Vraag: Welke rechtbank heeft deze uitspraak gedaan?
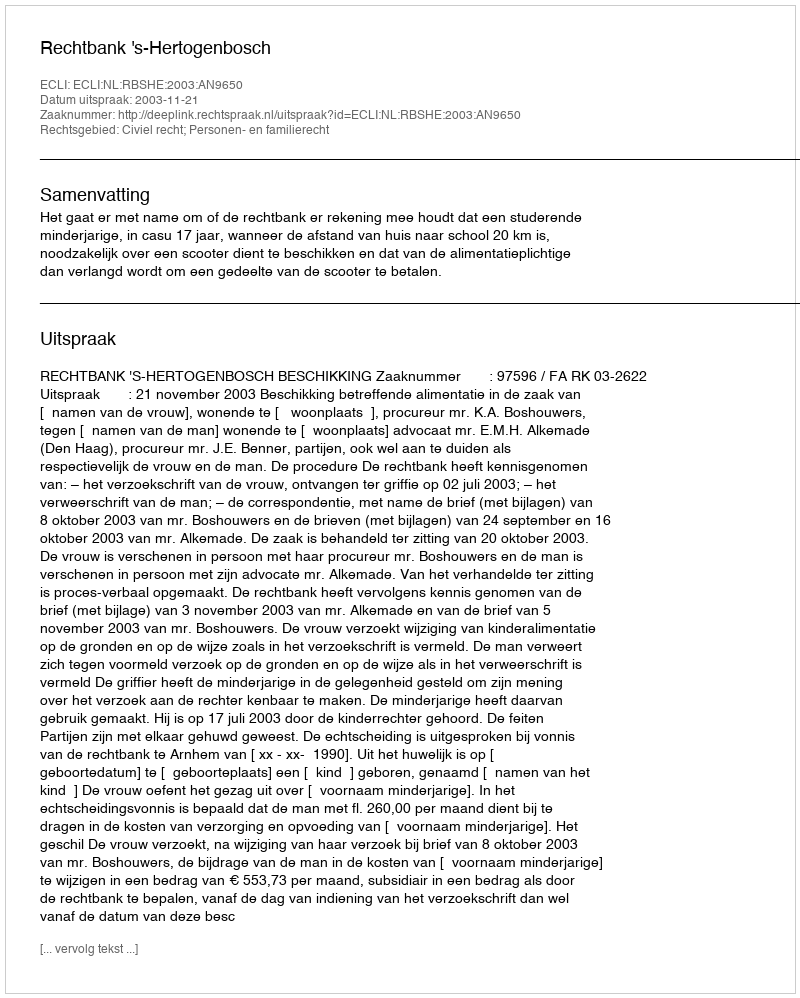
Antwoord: Rechtbank 's-Hertogenbosch